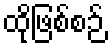
ထိုဖြစ်စဉ်